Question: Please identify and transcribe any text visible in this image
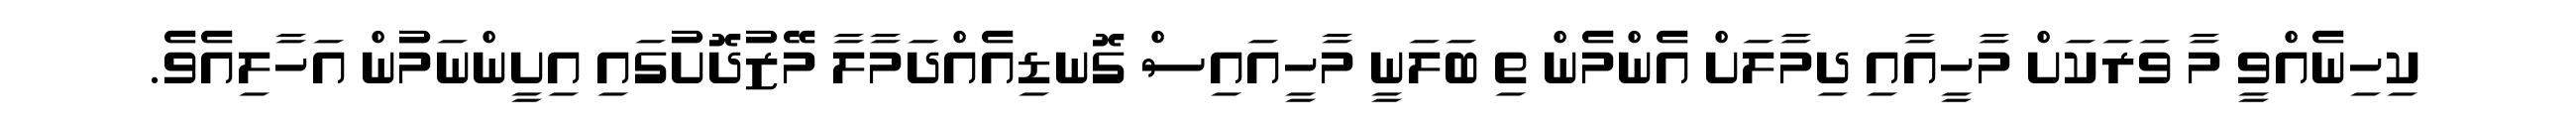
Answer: ކިހިނެއްވީ މާ ވަރަކަށް މާހީއާއި ދިމާލަށް އެންމެން ތި ބަލަނީ މާހީއައިސް ގޮނޑިއެއްދަމާލާ މޭޒުދޮށުގައި އިށީންނަމުން އަހާލިއެވެ.